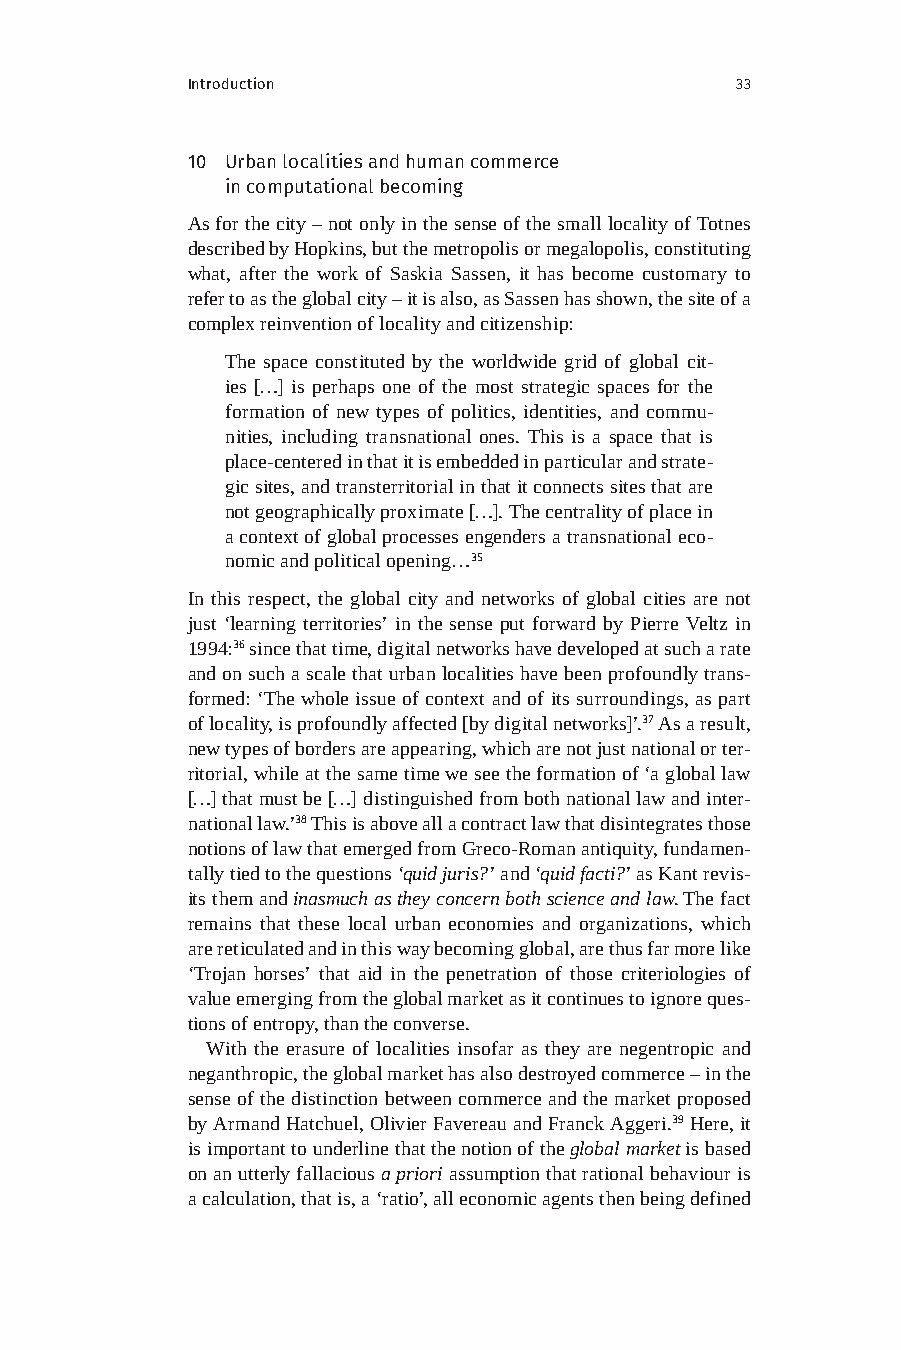
Introduction                         33
 10 Urban localities and human commerce
 in computational becoming
 As for the city – not only in the sense of the small locality of Totnes
 described by Hopkins, but the metropolis or megalopolis, constituting
 what, after the work of Saskia Sassen, it has become customary to
 refer to as the global city – it is also, as Sassen has shown, the site of a
 complex reinvention of locality and citizenship:
 The space constituted by the worldwide grid of global cit-
 ies […] is perhaps one of the most strategic spaces for the
 formation of new types of politics, identities, and commu-
 nities, including transnational ones. This is a space that is
 place-centered in that it is embedded in particular and strate-
 gic sites, and transterritorial in that it connects sites that are
 not geographically proximate […]. The centrality of place in
 a context of global processes engenders a transnational eco-
 nomic and political opening…35
 In this respect, the global city and networks of global cities are not
 just ‘learning territories’ in the sense put forward by Pierre Veltz in
 1994:36 since that time, digital networks have developed at such a rate
 and on such a scale that urban localities have been profoundly trans-
 formed: ‘The whole issue of context and of its surroundings, as part
 of locality, is profoundly affected [by digital networks]’.37 As a result,
 new types of borders are appearing, which are not just national or ter-
 ritorial, while at the same time we see the formation of ‘a global law
 […] that must be […] distinguished from both national law and inter-
 national law.’38 This is above all a contract law that disintegrates those
 notions of law that emerged from Greco-Roman antiquity, fundamen-
 tally tied to the questions ‘quid juris?’ and ‘quid facti?’ as Kant revis-
 its them and inasmuch as they concern both science and law. The fact
 remains that these local urban economies and organizations, which
 are reticulated and in this way becoming global, are thus far more like
 ‘Trojan horses’ that aid in the penetration of those criteriologies of
 value emerging from the global market as it continues to ignore ques-
 tions of entropy, than the converse.
 With the erasure of localities insofar as they are negentropic and
 neganthropic, the global market has also destroyed commerce – in the
 sense of the distinction between commerce and the market proposed
 by Armand Hatchuel, Olivier Favereau and Franck Aggeri.39 Here, it
 is important to underline that the notion of the global market is based
 on an utterly fallacious a priori assumption that rational behaviour is
 a calculation, that is, a ‘ratio’, all economic agents then being defined